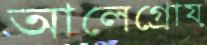
আলেগ্রোয়